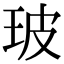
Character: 玻